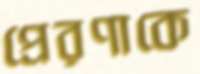
প্রেরণাকে